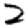
Digit: 2